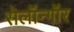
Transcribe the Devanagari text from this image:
सेलॉन्गॉर